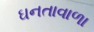
ઘનતાવાળા